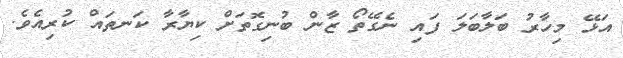
އަޅޭ މިހާރު ބަލާބަލަ ފައި ނެގޭތޯ ޒާން ބުނިގޮތަށް ކިޔާރާ ކަނތައް ކުރިއެވެ.